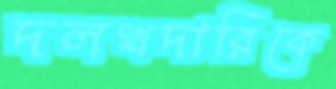
দলখদারিকে